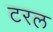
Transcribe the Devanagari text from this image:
टरल